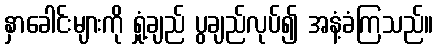
နှာခေါင်းများကို ရှုံ့ချည် ပွချည်လုပ်၍ အနံ့ခံကြသည်။